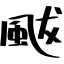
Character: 颰